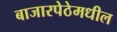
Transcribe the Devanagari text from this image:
बाजारपेठेमधील